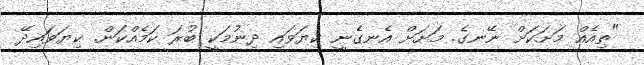
"ތިއެއް މަށަކަށް ނޭނގެ. މަށަށް އެނގެނީ ކިޔަވައި ދިނުމަކީ ބުރަ ކަމެއްކަން. ކިޔަވައިދޭ